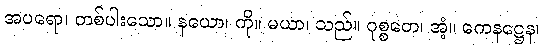
အပရော၊ တစ်ပါးသော။ နယော၊ ကို။ မယာ၊ သည်။ ဝုစ္စတေ၊ အံ့။ ကေနဋ္ဌေန၊